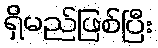
ရှိမည်ဖြစ်ပြီး